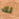
لك